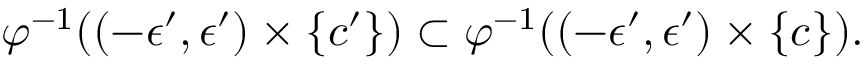
\varphi ^ { - 1 } ( ( - \epsilon ^ { \prime } , \epsilon ^ { \prime } ) \times \{ c ^ { \prime } \} ) \subset \varphi ^ { - 1 } ( ( - \epsilon ^ { \prime } , \epsilon ^ { \prime } ) \times \{ c \} ) .